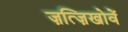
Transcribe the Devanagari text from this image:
ज़त्ज़िखोवें